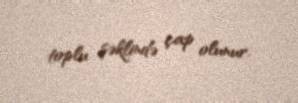
toplu şəklində çap olunur.